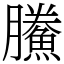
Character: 鰧